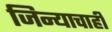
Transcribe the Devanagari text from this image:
जिन्याचाही